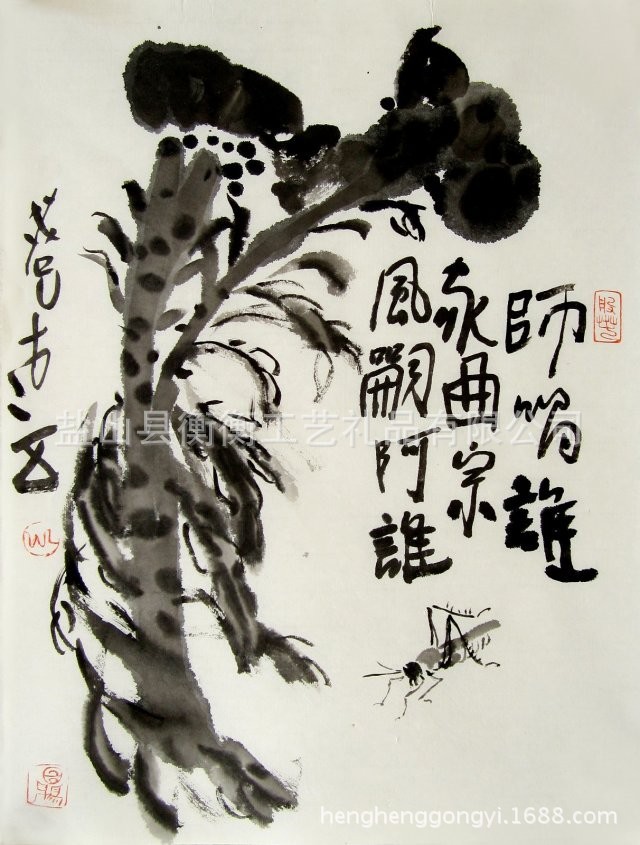
上无礼，下无学，贼民兴，丧无日矣。